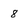
Character: 8